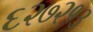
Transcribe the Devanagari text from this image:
६२७२१३